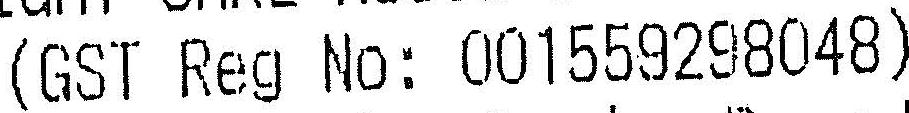
(GST REG NO: 001559298048)